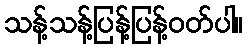
သန့်သန့်ပြန့်ပြန့်ဝတ်ပါ။